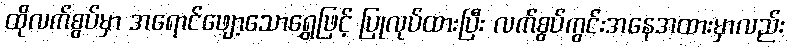
ထိုလက်စွပ်မှာ အရောင်ဖျော့သောရွှေဖြင့် ပြုလုပ်ထားပြီး လက်စွပ်ကွင်းအနေအထားမှာလည်း